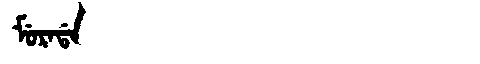
Manchu: ᠮᡠᡵᠠᡩᠠ
Romanization: MURADA